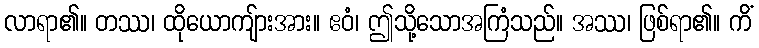
လာရာ၏။ တဿ၊ ထိုယောကျ်ားအား။ ဧဝံ၊ ဤသို့သောအကြံသည်။ အဿ၊ ဖြစ်ရာ၏။ ကိံ